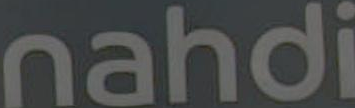
nahdi